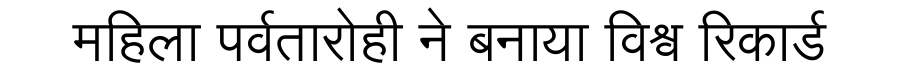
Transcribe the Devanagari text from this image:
महिला पर्वतारोही ने बनाया विश्व रिकार्ड